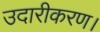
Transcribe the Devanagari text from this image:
उदारीकरण।